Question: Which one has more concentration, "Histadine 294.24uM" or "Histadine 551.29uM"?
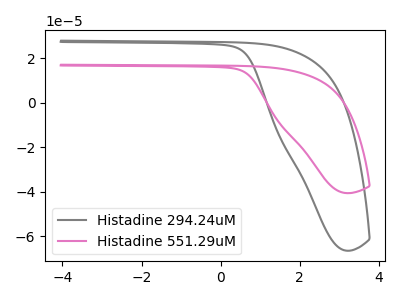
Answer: <think>The gray curve "Histadine 294.24uM" has no peaks. The pink curve "Histadine 551.29uM" has no peaks.
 Neither "Histadine 294.24uM" or "Histadine 551.29uM" have any peaks.</think>
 <answer>I cant tell if "Histadine 294.24uM" or "Histadine 551.29uM" has higher concentration.</answer>
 <eval>mixed_concentration</eval>